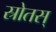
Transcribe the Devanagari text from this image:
स्रोतस्